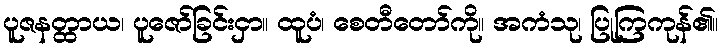
ပူဇနတ္ထာယ၊ ပူဇော်ခြင်းငှာ။ ထူပံ၊ စေတီတော်ကို။ အကံသု၊ ပြုကြကုန်၏။